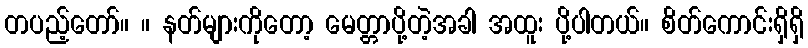
တပည့်တော်။ ။ နတ်များကိုတော့ မေတ္တာပို့တဲ့အခါ အထူး ပို့ပါတယ်။ စိတ်ကောင်းရှိရှိ